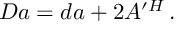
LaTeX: D a = d a + 2 A ^ { \prime H } \, .